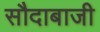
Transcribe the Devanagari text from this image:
सौदाबाजी